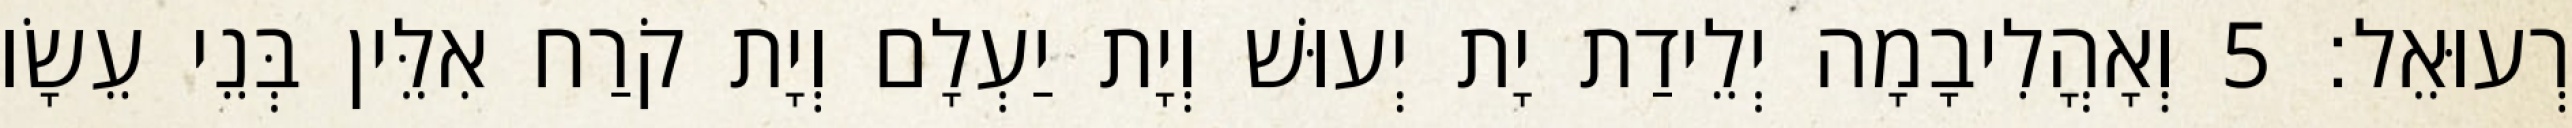
רְעוּאֵל׃ 5 וְאָהֳלִיבָמָה יְלֵידַת יָת יְעוּשׁ וְיָת יַעְלָם וְיָת קֹרַח אִלֵּין בְּנֵי עֵשָׂו